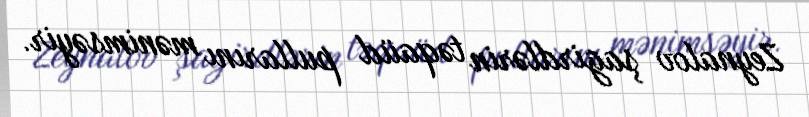
Zeynalov şagirdlərin təqaüd pullarını mənimsəyir.